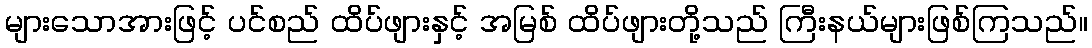
များသောအားဖြင့် ပင်စည် ထိပ်ဖျားနှင့် အမြစ် ထိပ်ဖျားတို့သည် ကြီးနယ်များဖြစ်ကြသည်။